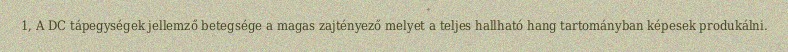
1, A DC tápegységek jellemző betegsége a magas zajtényező melyet a teljes hallható hang tartományban képesek produkálni.